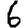
Digit: 6